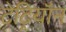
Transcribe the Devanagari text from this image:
टेट्रियॉन